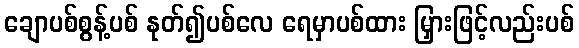
ချောပစ်စွန့်ပစ် နုတ်၍ပစ်လေ ရေမှာပစ်ထား မြှားဖြင့်လည်းပစ်